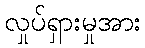
လှုပ်ရှားမှုအား